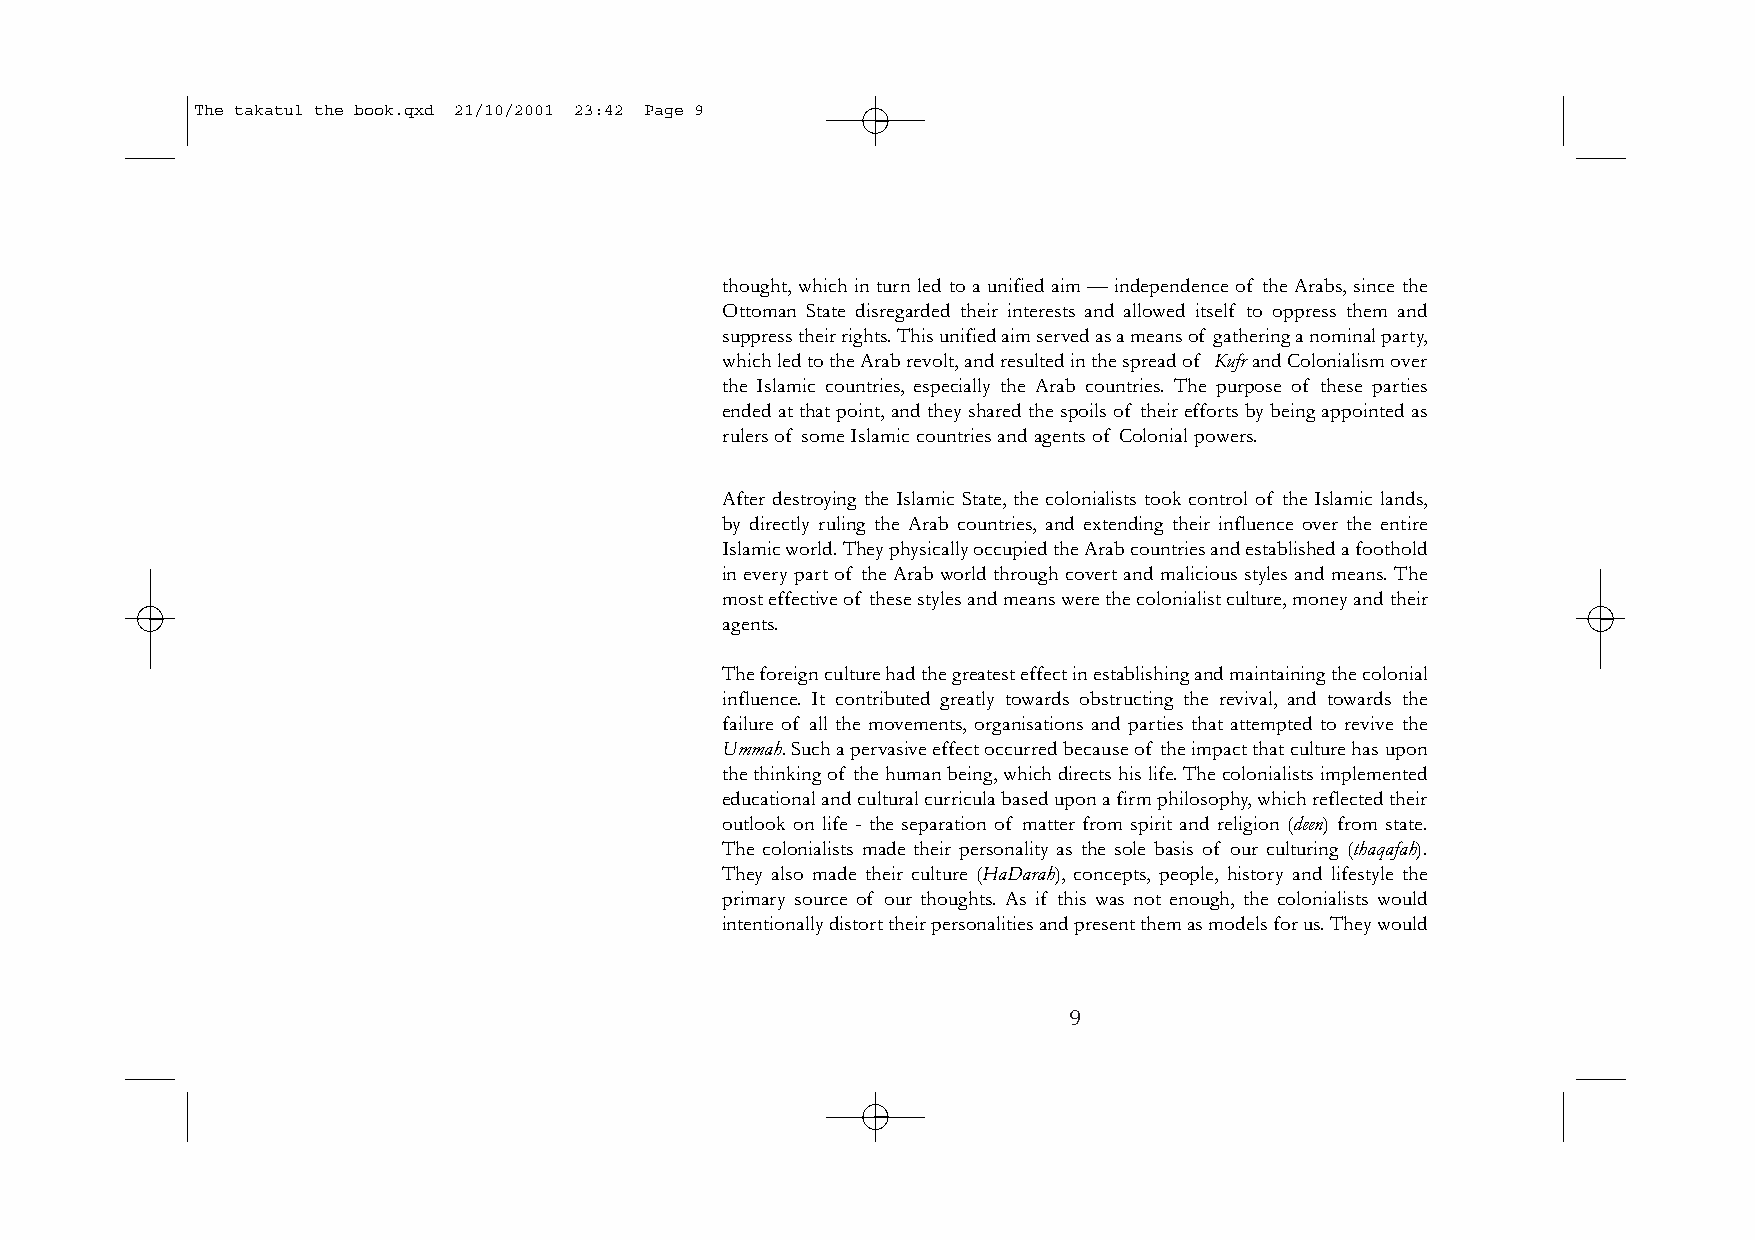
The takatul the book.qxd 21/10/2001 23:42 Page 9
 thought, which in turn led to a unified aim — independence of the Arabs, since the
 Ottoman State disregarded their interests and allowed itself to oppress them and
 suppress their rights.This unified aim served as a means of gathering a nominal party,
 which led to the Arab revolt,and resulted in the spread of Kufrand Colonialism over
 the Islamic countries, especially the Arab countries. The purpose of these parties
 ended at that point,and they shared the spoils of their efforts by being appointed as
 rulers of some Islamic countries and agents of Colonial powers.
 After destroying the Islamic State, the colonialists took control of the Islamic lands,
 by directly ruling the Arab countries, and extending their influence over the entire
 Islamic world.They physically occupied the Arab countries and established a foothold
 in every part of the Arab world through covert and malicious styles and means. The
 most effective of these styles and means were the colonialist culture,money and their
 agents.
 The foreign culture had the greatest effect in establishing and maintaining the colonial
 influence. It contributed greatly towards obstructing the revival, and towards the
 failure of all the movements, organisations and parties that attempted to revive the
 Ummah.Such a pervasive effect occurred because of the impact that culture has upon
 the thinking of the human being,which directs his life.The colonialists implemented
 educational and cultural curricula based upon a firm philosophy,which reflected their
 outlook on life - the separation of matter from spirit and religion (deen) from state.
 The colonialists made their personality as the sole basis of our culturing (thaqafah).
 They also made their culture (HaDarah), concepts, people, history and lifestyle the
 primary source of our thoughts. As if this was not enough, the colonialists would
 intentionally distort their personalities and present them as models for us.They would
 9